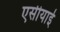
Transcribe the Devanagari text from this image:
एसीयाई